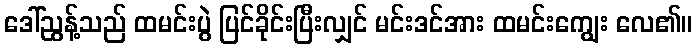
ဒေါ်ညွန့်သည် ထမင်းပွဲ ပြင်ခိုင်းပြီးလျှင် မင်းဒင်အား ထမင်းကျွေး လေ၏။